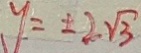
y = \pm 2 \sqrt { 3 }